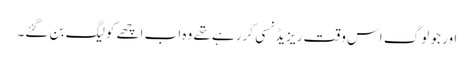
اور جو لوگ اس وقت ریزیڈنسی کررہے تھے وہ اب اچھے کولیگ بن گئے۔